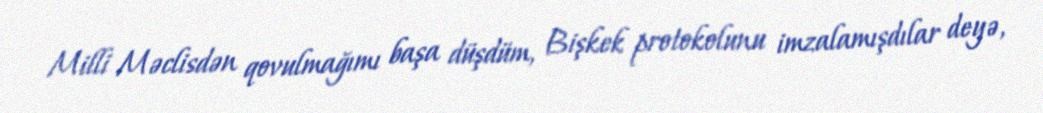
Milli Məclisdən qovulmağımı başa düşdüm, Bişkek protokolunu imzalamışdılar deyə,